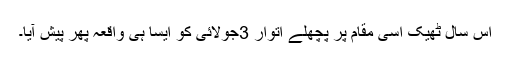
اس سال ٹھیک اسی مقام پر پچھلے اتوار 3جولائی کو ایسا ہی واقعہ پھر پیش آیا۔